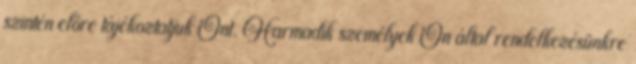
szintén előre tájékoztatjuk Önt. Harmadik személyek Ön által rendelkezésünkre